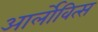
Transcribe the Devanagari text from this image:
आर्लोवित्स